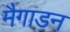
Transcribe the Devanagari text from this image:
मैगाडन